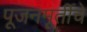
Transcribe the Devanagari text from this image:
पूजनमूर्तीचे